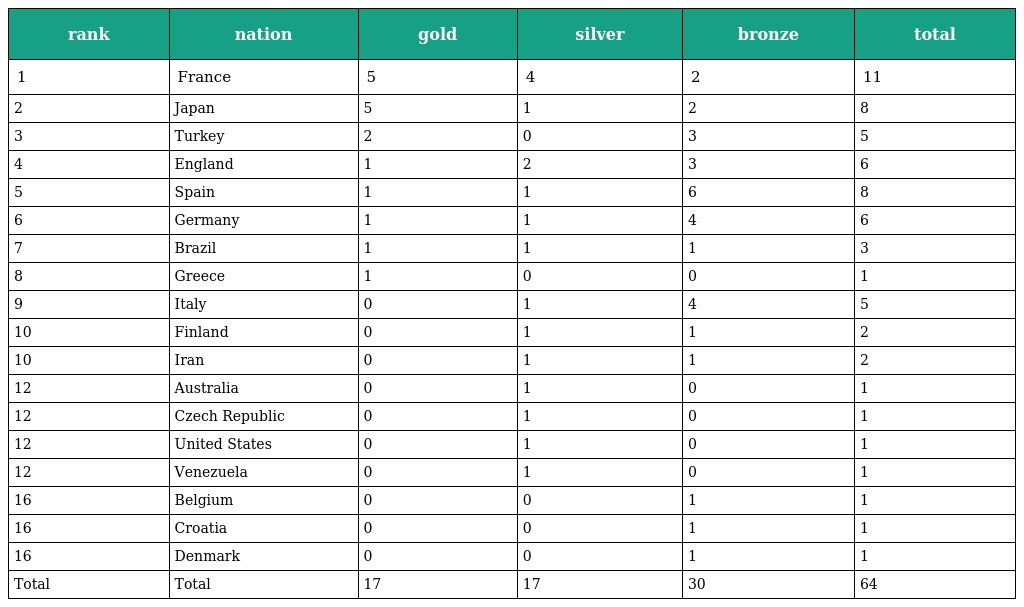
| rank | nation | gold | silver | bronze | total |
 | --- | --- | --- | --- | --- | --- |
 | 1 | France | 5 | 4 | 2 | 11 |
 | 2 | Japan | 5 | 1 | 2 | 8 |
 | 3 | Turkey | 2 | 0 | 3 | 5 |
 | 4 | England | 1 | 2 | 3 | 6 |
 | 5 | Spain | 1 | 1 | 6 | 8 |
 | 6 | Germany | 1 | 1 | 4 | 6 |
 | 7 | Brazil | 1 | 1 | 1 | 3 |
 | 8 | Greece | 1 | 0 | 0 | 1 |
 | 9 | Italy | 0 | 1 | 4 | 5 |
 | 10 | Finland | 0 | 1 | 1 | 2 |
 | 10 | Iran | 0 | 1 | 1 | 2 |
 | 12 | Australia | 0 | 1 | 0 | 1 |
 | 12 | Czech Republic | 0 | 1 | 0 | 1 |
 | 12 | United States | 0 | 1 | 0 | 1 |
 | 12 | Venezuela | 0 | 1 | 0 | 1 |
 | 16 | Belgium | 0 | 0 | 1 | 1 |
 | 16 | Croatia | 0 | 0 | 1 | 1 |
 | 16 | Denmark | 0 | 0 | 1 | 1 |
 | Total | Total | 17 | 17 | 30 | 64 |